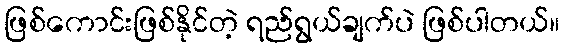
ဖြစ်ကောင်းဖြစ်နိုင်တဲ့ ရည်ရွယ်ချက်ပဲ ဖြစ်ပါတယ်။